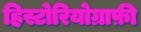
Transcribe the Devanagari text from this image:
हिस्टोरियोग्राफ़ी